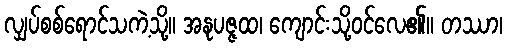
လျှပ်စစ်ရောင်သကဲ့သို့။ အနုပဇ္ဇထ၊ ကျောင်းသို့ဝင်လေ၏။ တဿာ၊